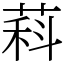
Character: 萪